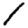
Digit: 1